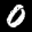
Label: 0